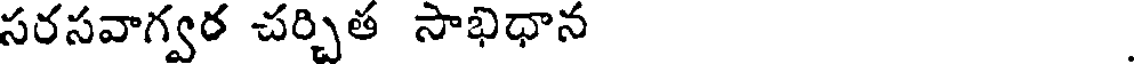
సరసవాగ్వర చర్చిత సాభిధాన